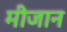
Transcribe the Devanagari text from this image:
मीजान